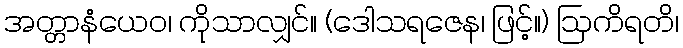
အတ္တာနံယေဝ၊ ကိုသာလျှင်။ (ဒေါသရဇေန၊ ဖြင့်။) ဩကိရတိ၊